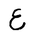
Letter: _ayn